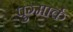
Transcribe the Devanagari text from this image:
पुग्मार्क